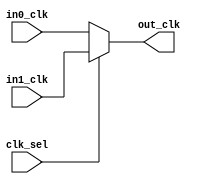
module DWC_mobile_storage_clk_mux_2x1(
  /*AUTOARG*/
  // Outputs
  out_clk,
  // Inputs
  in0_clk, in1_clk, clk_sel
  );

  // --------------------------------------
  // Input and Output Port Declaration
  // --------------------------------------

  // Clocks
  input                        in0_clk;          // Clock0 input
  input                        in1_clk;          // Clock1 input

  //Mux select
  input                        clk_sel;          // clock select

  output                       out_clk;          // clock output

  wire                         out_clk;

  assign out_clk = clk_sel? in1_clk:in0_clk; 

endmodule